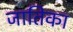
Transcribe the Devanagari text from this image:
जातिका